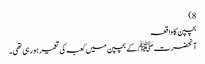
8)
بچپن کا واقعہ
آنحضرت ﷺ کے بچپن میں کعبہ کی تعمیر ہو رہی تھی۔